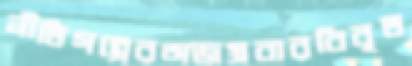
নীতিগল্পেরঅজস্রবারবিবৃত